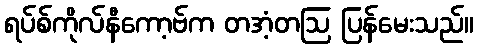
ရပ်စ်ကိုလ်နီကော့ဗ်က တအံ့တဩ ပြန်မေးသည်။